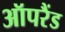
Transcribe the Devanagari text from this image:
ऑपरैंड